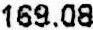
169.08